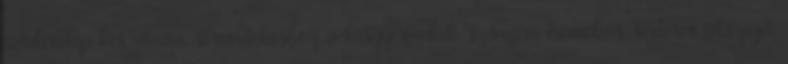
üdülőtelep kis utcáin, strandoláshoz a kisgyermekek számára homokos-sóderes félsziget